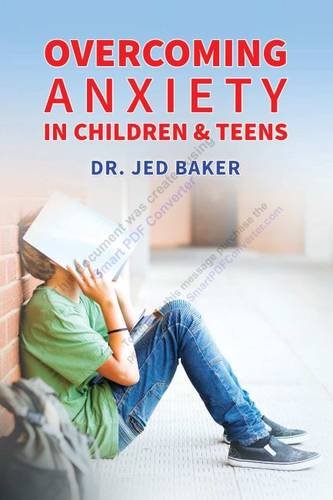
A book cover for Overcoming Anxiety in Children & Teens; Jed Baker; Self-Help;